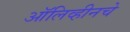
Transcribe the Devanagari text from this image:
ऑलिव्हीनचे